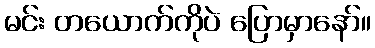
မင်း တယောက်ကိုပဲ ပြောမှာနော်။